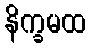
နိက္ခမထ